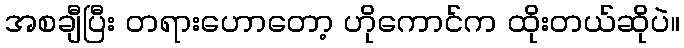
အစချီပြီး တရားဟောတော့ ဟိုကောင်က ထိုးတယ်ဆိုပဲ။